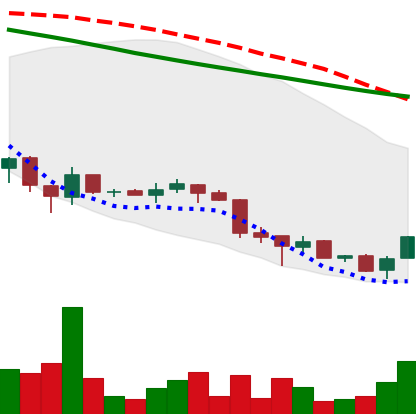
Ticker: ADA-USD
Chart end date: 2018-06-30
Forward return: 8.172%
Label: up_7plus